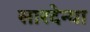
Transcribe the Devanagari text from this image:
सारदेन्या